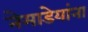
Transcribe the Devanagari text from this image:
नेमाडेयांना